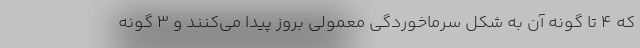
که ۴ تا گونه آن به شکل سرماخوردگی معمولی بروز پیدا می‌کنند و ۳ گونه